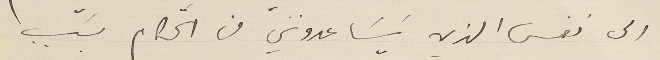
الى نفس الذي يَسَاعدوني من الحكَّام بسَبب